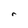
Character: r